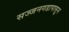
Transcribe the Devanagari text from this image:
सज्जनगडापासून